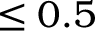
\leq 0 . 5